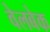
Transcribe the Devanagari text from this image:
वेलबेक